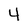
Character: 4